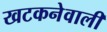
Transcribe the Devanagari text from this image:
खटकनेवाली